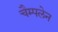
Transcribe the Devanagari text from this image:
चैम्पलेन